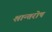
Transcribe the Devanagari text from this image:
शान्तरोष